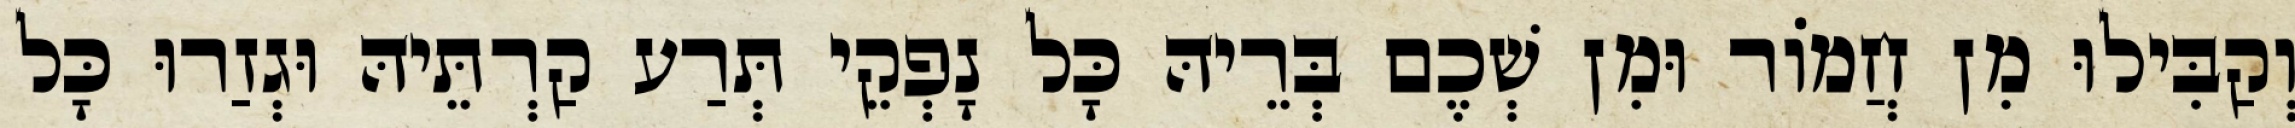
וְקַבִּילוּ מִן חֲמוֹר וּמִן שְׁכֶם בְּרֵיהּ כָּל נָפְקֵי תְּרַע קַרְתֵּיהּ וּגְזַרוּ כָּל